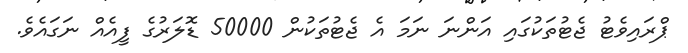
ޕްރައިވެޓު ޖެޓުތަކުގައި އަންނަ ނަމަ އެ ޖެޓުތަކުން 50000 ޑޮލަރުގެ ފީއެއް ނަގައެވެ.